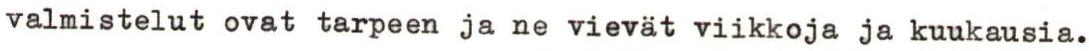
valmistelut ovat tarpeen ja ne vievät viikkoja ja kuukausia.